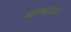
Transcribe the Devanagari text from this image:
ब्राम्पटॉन